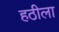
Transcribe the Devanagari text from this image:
हठीला